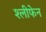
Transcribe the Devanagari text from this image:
श्लीफेन